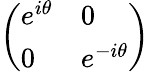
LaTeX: \left(\begin{array}{ll}{e^{i\theta}}&{0}\\ {0}&{e^{-i\theta}}\end{array}\right)